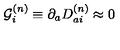
{ \cal G } _ { i } ^ { ( n ) } \equiv \partial _ { a } D _ { a i } ^ { ( n ) } \approx 0